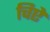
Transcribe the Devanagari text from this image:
चिऐ